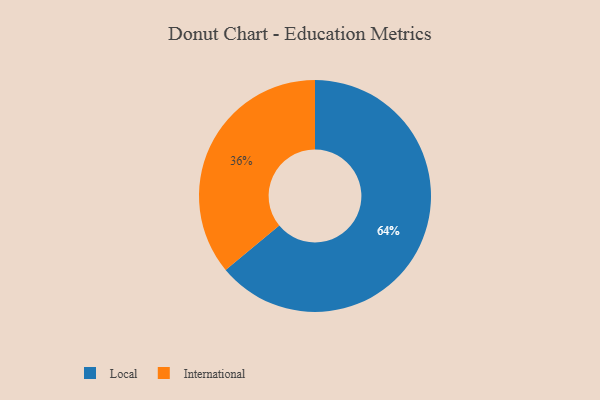
{"axis": {"x": "Category", "y": "Percentage"}, "legend": ["International", "Local"], "data": [{"x": "International", "y": 36, "type": "International"}, {"x": "Local", "y": 64, "type": "Local"}]}